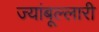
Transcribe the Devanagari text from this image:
ज्यांबूल्लारी